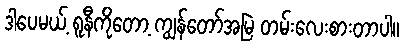
ဒါပေမယ့် ရူနီကိုတော့ ကျွန်တော်အမြဲ တမ်းလေးစားတာပါ။